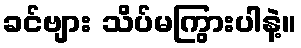
ခင်ဗျား သိပ်မကြွားပါနဲ့။